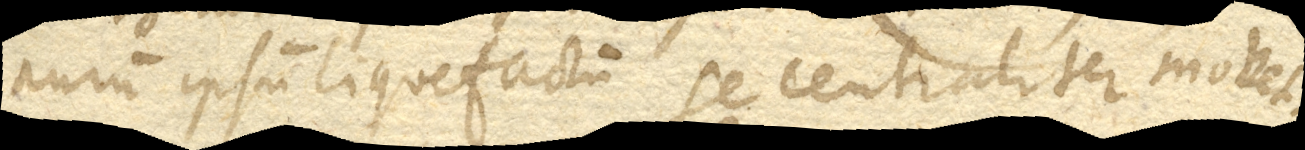
Aurum ipsum liquefactum se centraliter movet.